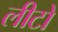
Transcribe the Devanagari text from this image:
लीटो